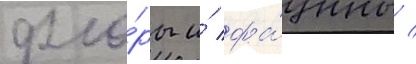
фло́ры и́ фа́уны /